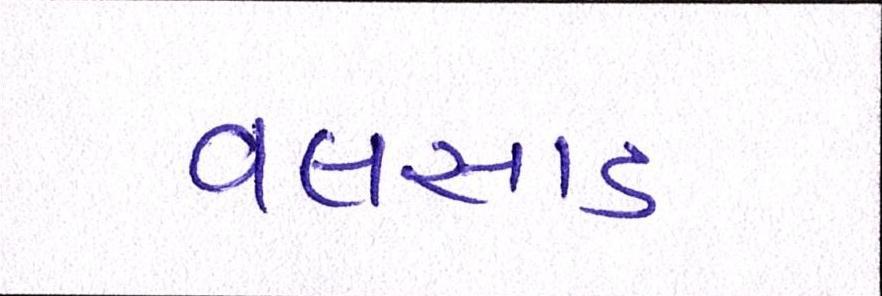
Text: વલસાડ